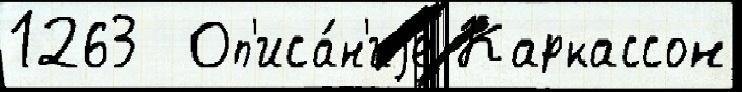
1263  Оп'иса́н'иjе Каркассон